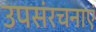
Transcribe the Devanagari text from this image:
उपसंरचनाएं